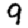
Digit: 9